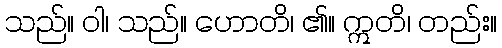
သည်။ ဝါ၊ သည်။ ဟောတိ၊ ၏။ ဣတိ၊ တည်း။